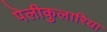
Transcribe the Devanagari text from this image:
पेलीकुलारिया